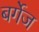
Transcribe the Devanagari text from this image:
बर्गेज